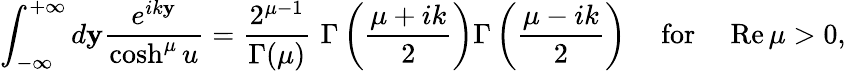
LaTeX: \int_{-\infty}^{+\infty}d\mathbf{y}\frac{{e^{ik\mathbf{y}}}}{{\cosh^{\mu}u}}=\frac{{2^{\mu-1}}}{{\Gamma(\mu)}}\, \, \Gamma\left(\frac{{\mu+ik}}{{2}}\right)\Gamma\left(\frac{{\mu-ik}}{{2}}\right)~~~~~\mathrm{{for}}~~~~~\mathrm{{Re}}\, \mu>0,